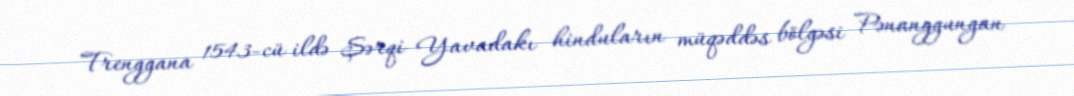
Trenggana 1543-cü ildə Şərqi Yavadakı hinduların müqəddəs bölgəsi Pənanggungan